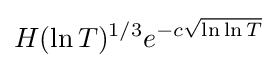
H(\ln T)^{1/3}e^{-c{\sqrt {\ln \ln T}}}